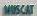
muscat